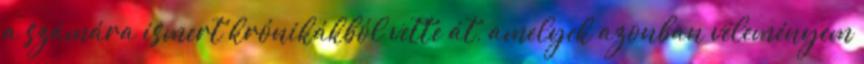
a számára ismert krónikákból vette át, amelyek azonban véleményem